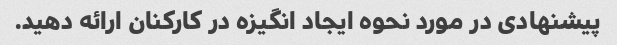
پیشنهادی در مورد نحوه ایجاد انگیزه در کارکنان ارائه دهید.